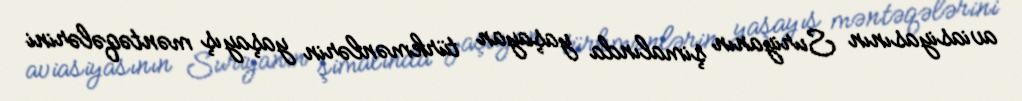
aviasiyasının Suriyanın şimalında yaşayan türkmənlərin yaşayış məntəqələrini